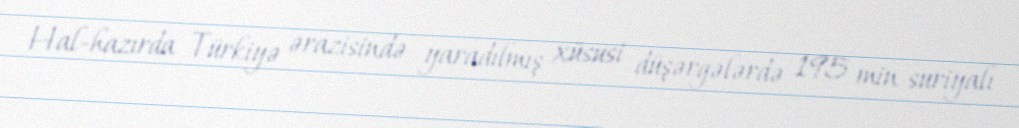
Hal-hazırda Türkiyə ərazisində yaradılmış xüsusi düşərgələrdə 195 min suriyalı